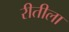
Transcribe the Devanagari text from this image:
रीतीला